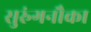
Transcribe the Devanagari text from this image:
सुरुंगनौका